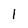
Character: l